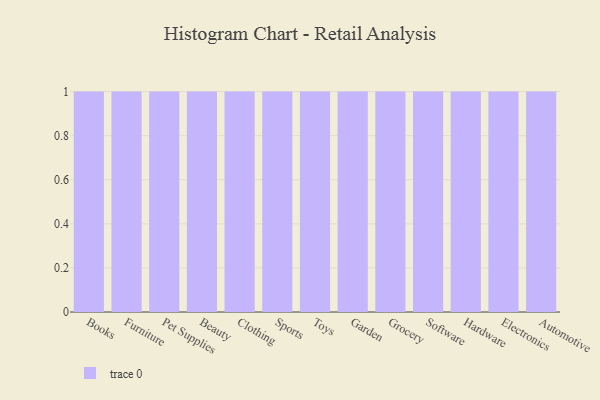
{"axis": {"x": "Category", "y": "Energy Usage (MWh)"}, "legend": [""], "data": [{"x": "Books", "y": 17, "type": ""}, {"x": "Furniture", "y": 44, "type": ""}, {"x": "Pet Supplies", "y": 55, "type": ""}, {"x": "Beauty", "y": 23, "type": ""}, {"x": "Clothing", "y": 38, "type": ""}, {"x": "Sports", "y": 67, "type": ""}, {"x": "Toys", "y": 15, "type": ""}, {"x": "Garden", "y": 94, "type": ""}, {"x": "Grocery", "y": 25, "type": ""}, {"x": "Software", "y": 37, "type": ""}, {"x": "Hardware", "y": 29, "type": ""}, {"x": "Electronics", "y": 18, "type": ""}, {"x": "Automotive", "y": 32, "type": ""}]}